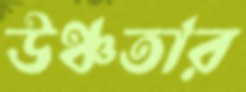
উঞ্চতার